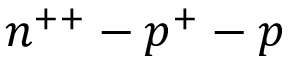
n ^ { + + } - p ^ { + } - p